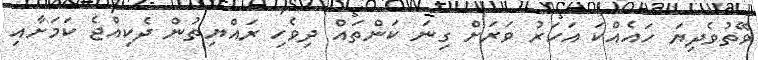
ވޭތުވެދިޔަ ހައެއްކަ އަހަރު ވަރަށް ގިނަ ކަންތައް ދިވެހި ރައްޔިތުން ދެކިއްޖެ ކަމަށާއި